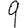
Digit: 9